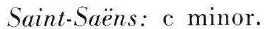
Saint-Saëns: c minor.